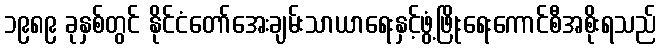
၁၉၈၉ ခုနှစ်တွင် နိုင်ငံတော်အေးချမ်းသာယာရေးနှင့်ဖွံ့ဖြိုးရေးကောင်စီအစိုးရသည်